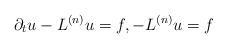
LaTeX: \begin{align*}\partial_t u - L^{(n)} u = f, -L^{(n)} u = f\end{align*}